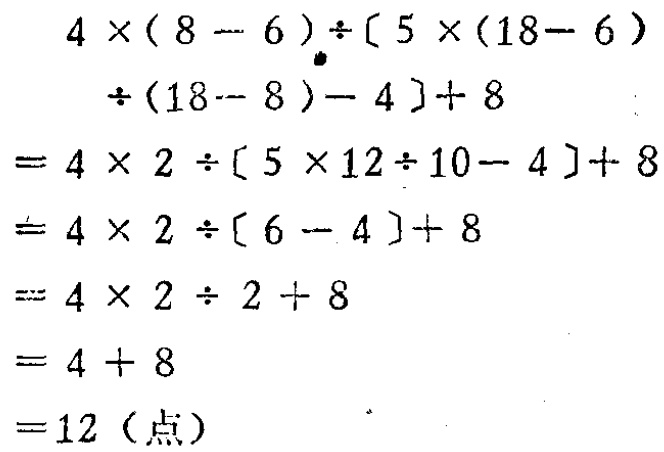
\[

\begin{align*}

&4\times(8 - 6)\div[5\times(18 - 6)\div(18 - 8)- 4]+ 8\\

=&4\times 2\div[5\times 12\div 10 - 4]+ 8\\

=&4\times 2\div[6 - 4]+ 8\\

=&4\times 2\div 2+ 8\\

=&4 + 8\\

=&12（点）

\end{align*}

\]